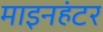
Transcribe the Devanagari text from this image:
माइनहंटर